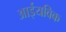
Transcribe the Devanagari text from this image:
आईयविक